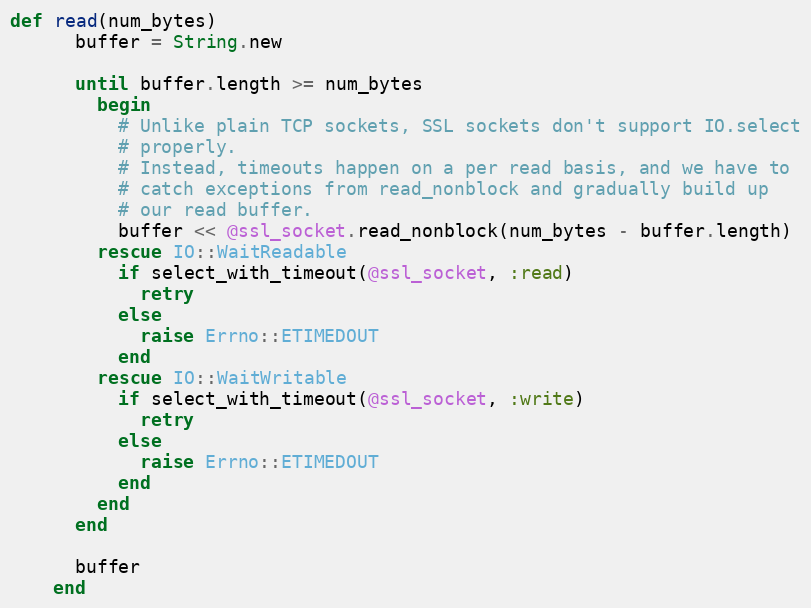
Language: Ruby
def read(num_bytes)
      buffer = String.new

      until buffer.length >= num_bytes
        begin
          # Unlike plain TCP sockets, SSL sockets don't support IO.select
          # properly.
          # Instead, timeouts happen on a per read basis, and we have to
          # catch exceptions from read_nonblock and gradually build up
          # our read buffer.
          buffer << @ssl_socket.read_nonblock(num_bytes - buffer.length)
        rescue IO::WaitReadable
          if select_with_timeout(@ssl_socket, :read)
            retry
          else
            raise Errno::ETIMEDOUT
          end
        rescue IO::WaitWritable
          if select_with_timeout(@ssl_socket, :write)
            retry
          else
            raise Errno::ETIMEDOUT
          end
        end
      end

      buffer
    end